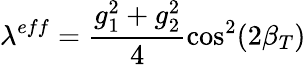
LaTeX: \lambda^{eff}=\frac{g_{1}^{2}+g_{2}^{2}}{4}\cos^{2}(2\beta_{T})